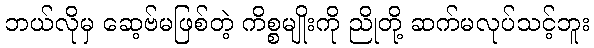
ဘယ်လိုမှ ဆေ့ဗ်မဖြစ်တဲ့ ကိစ္စမျိုးကို ညိုတို့ ဆက်မလုပ်သင့်ဘူး